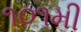
૧૦૧મી